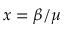
x = \beta / \mu